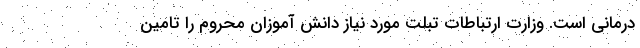
درمانی است. وزارت ارتباطات تبلت مورد نیاز دانش آموزان محروم را تامین